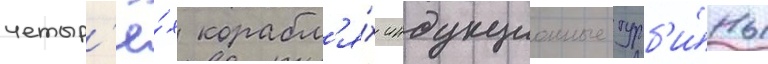
четыр'ё́х корабл'я́х индукционные турб'и́ны